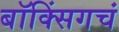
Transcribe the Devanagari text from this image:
बॉक्सिंगचं